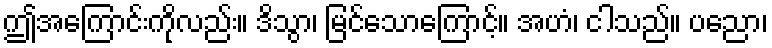
ဤအကြောင်းကိုလည်း။ ဒိသွာ၊ မြင်သောကြောင့်။ အဟံ၊ ငါသည်။ ပညော၊